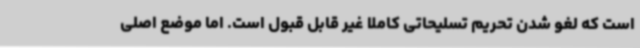
است که لغو شدن تحریم تسلیحاتی کاملا غیر قابل قبول است. اما موضع اصلی